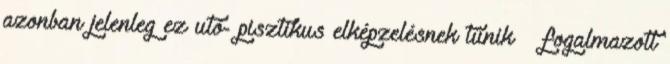
azonban jelenleg ez utó- pisztikus elképzelésnek tűnik – fogalmazott